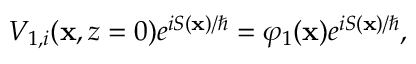
V _ { 1 , i } ( \mathbf { x } , z = 0 ) e ^ { i S ( \mathbf { x } ) / \hbar } = \varphi _ { 1 } ( \mathbf { x } ) e ^ { i S ( \mathbf { x } ) / \hbar } ,